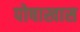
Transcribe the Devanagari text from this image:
पोषाखास